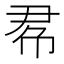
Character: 𢂫